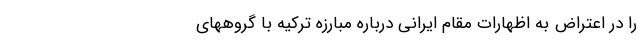
را در اعتراض به اظهارات مقام ایرانی درباره مبارزه ترکیه با گروههای